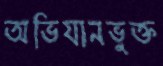
অভিযানভুক্ত